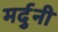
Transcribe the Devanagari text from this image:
मर्दुनी